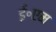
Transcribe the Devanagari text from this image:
ई॰एम